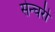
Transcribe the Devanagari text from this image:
सेन्चरी